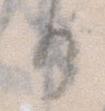
か